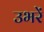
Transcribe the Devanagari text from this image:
उभरें